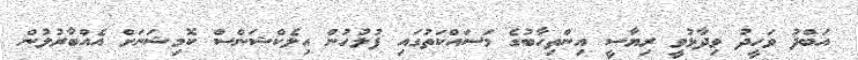
އަބްދު ވަހީދު ވިދާޅުވީ ރިޔާސީ އިންތިހާބުގެ މަސައްކަތުގައި ފުލުހުން އިލެކްޝަންސް ކޮމިޝަނަށް އެއްބާރުލުން